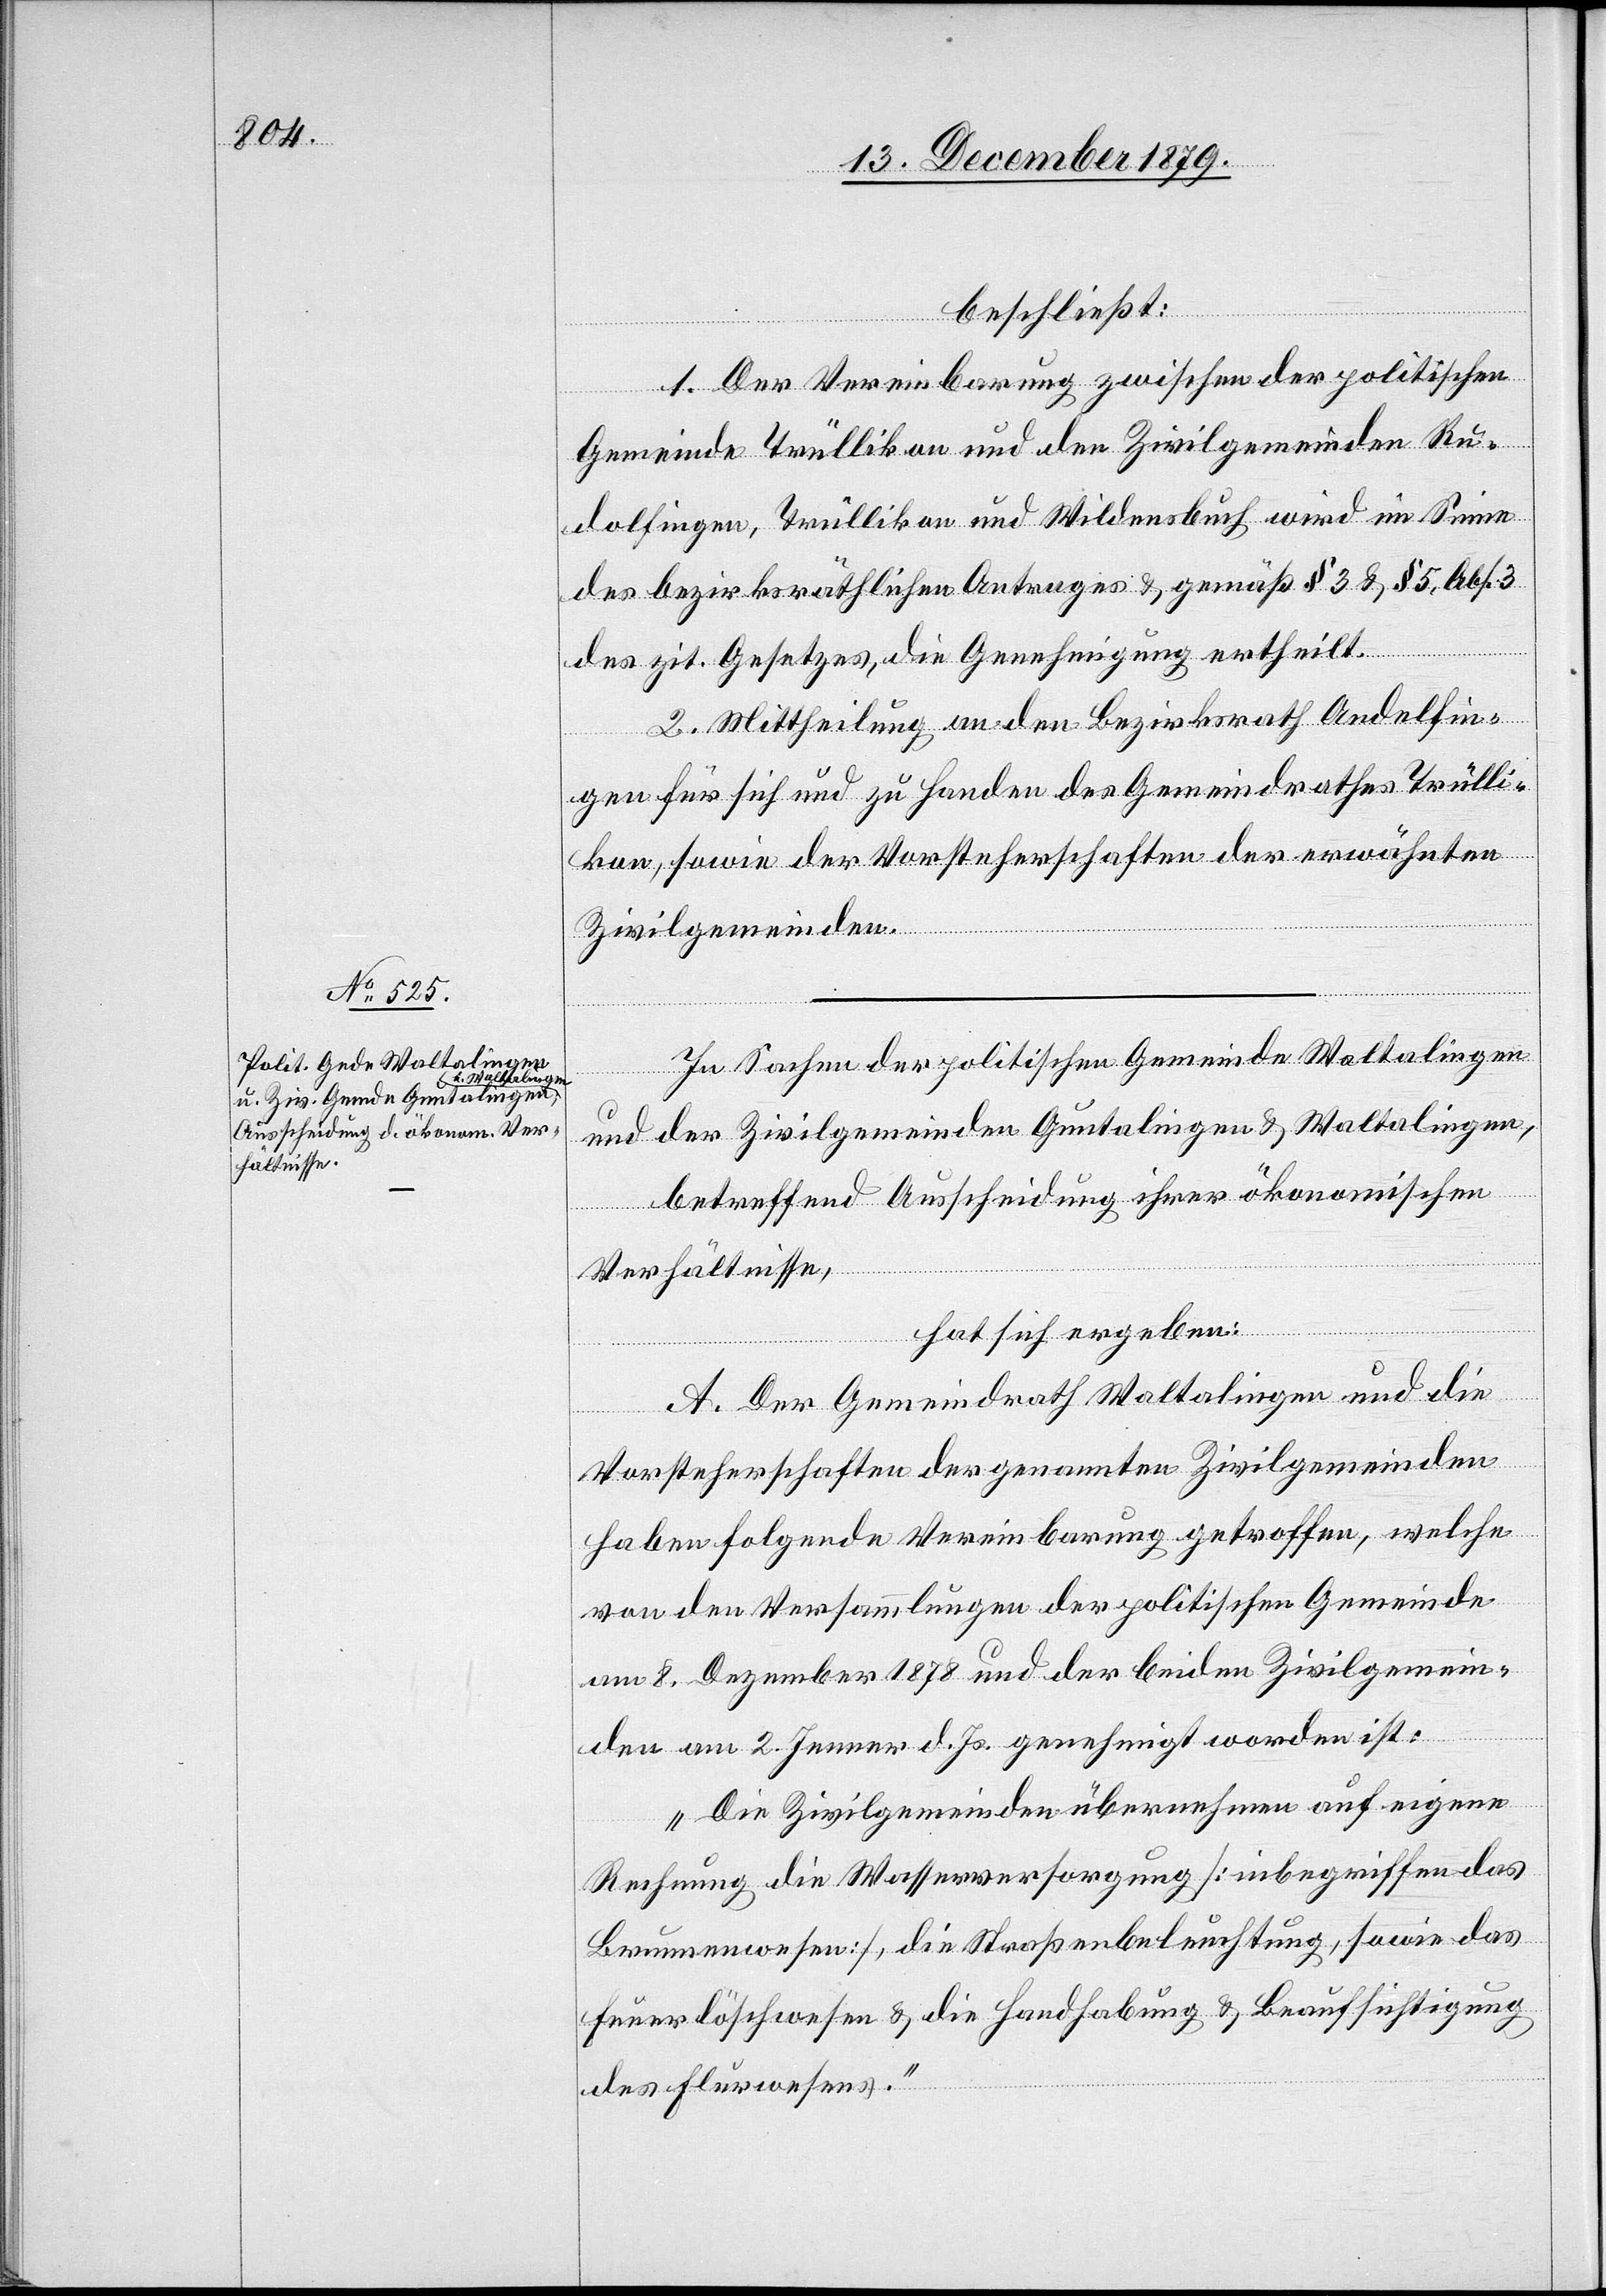
beschließt:
1. Der Vereinbarung zwischen der politischen
Gemeinde Trüllikon und den Zivilgemeinden Ru¬
dolfingen, Trüllikon und Wildensbuch wird im Sinne
des bezirksräthlichen Antrages & gemäß § 3 & § 5, Abs. 3
des zit. Gesetzes, die Genehmigung ertheilt.
2. Mittheilung an den Bezirksrath Andelfin¬
gen für sich und zu Handen des Gemeindrathes Trülli¬
kon, sowie der Vorsteherschaften der erwähnten
Zivilgemeinden.
In Sachen der politischen Gemeinde Waltalingen
und der Zivilgemeinden Guntalingen & Waltalingen,
betreffend Ausscheidung ihrer ökonomischen
Verhältnisse,
hat sich ergeben:
A. Der Gemeindrath Waltalingen und die
Vorsteherschaften der genannten Zivilgemeinden
haben folgende Vereinbarung getroffen, welche
von den Versammlungen der politischen Gemeinde
am 8. Dezember 1878 und der beiden Zivilgemein¬
den am 2. Jenner d. Js. genehmigt worden ist:
„Die Zivilgemeinden übernehmen auf eigene
Rechnung die Wasserversorgung [inbegriffen das
Brunnenwesen], die Straßenbeleuchtung, sowie das
Feuerlöschwesen & die Handhabung & Beaufsichtigung
des Flurwesens.“